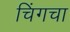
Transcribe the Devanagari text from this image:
चिंगचा